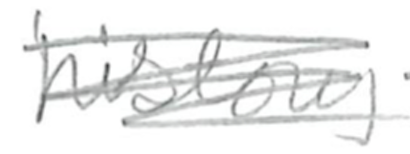
Text: history
Cross-out: scratch
Writing tool: pencil